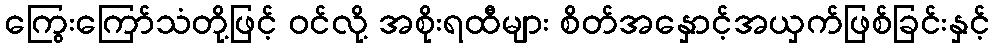
ကြွေးကြော်သံတို့ဖြင့် ဝင်လို့ အစိုးရထီများ စိတ်အနှောင့်အယှက်ဖြစ်ခြင်းနှင့်